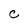
Character: C